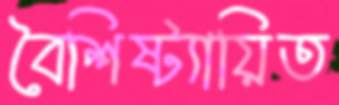
বৈশিষ্ট্যায়িত